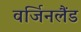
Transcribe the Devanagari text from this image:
वर्जिनलैंड